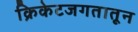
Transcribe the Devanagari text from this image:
क्रिकेटजगतातून